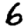
Digit: 6